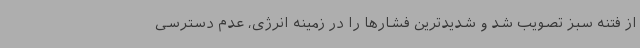
از فتنه سبز تصویب شد و شدیدترین فشارها را در زمینه انرژی، عدم دسترسی